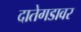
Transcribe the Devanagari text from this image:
दातेगडावर